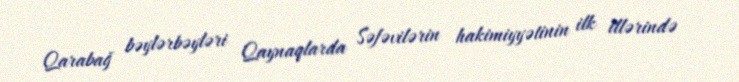
Qarabağ bəylərbəyləri Qaynaqlarda Səfəvilərin hakimiyyətinin ilk illərində